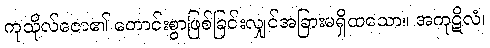
ကုသိုလ်ဇော၏ ကောင်းစွာဖြစ်ခြင်းလျှင်အခြားမရှိထသော။ အကုဋိလံ၊